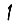
Digit: 1